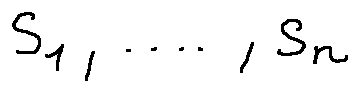
s _ { 1 } , \ldots , s _ { n }